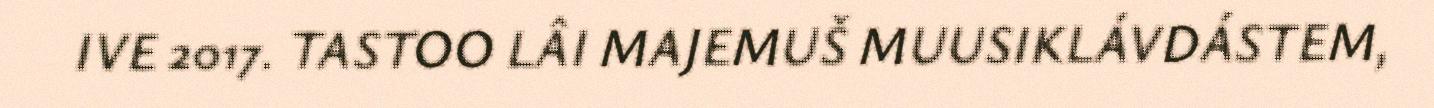
IVE 2017. TASTOO LÂI MAJEMUŠ MUUSIKLÁVDÁSTEM,